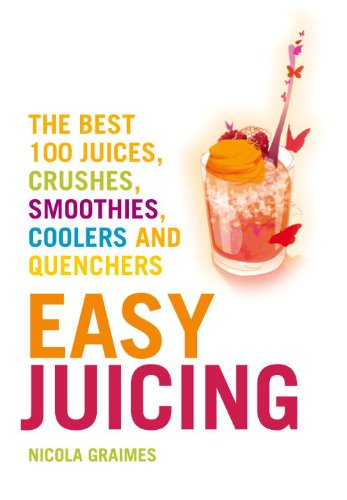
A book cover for Easy Juicing: The Best 100 Juices, Crushes, Smoothies, Coolers and Quenchers; Nicola Graimes; Cookbooks, Food & Wine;